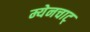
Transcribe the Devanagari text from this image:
म्येनचाट्